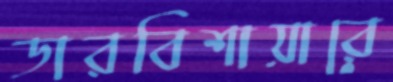
ডারবিশায়ারে